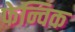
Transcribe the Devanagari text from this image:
फेन्विक